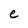
Character: e